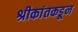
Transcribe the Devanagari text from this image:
श्रीकांतकडून